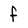
Character: f